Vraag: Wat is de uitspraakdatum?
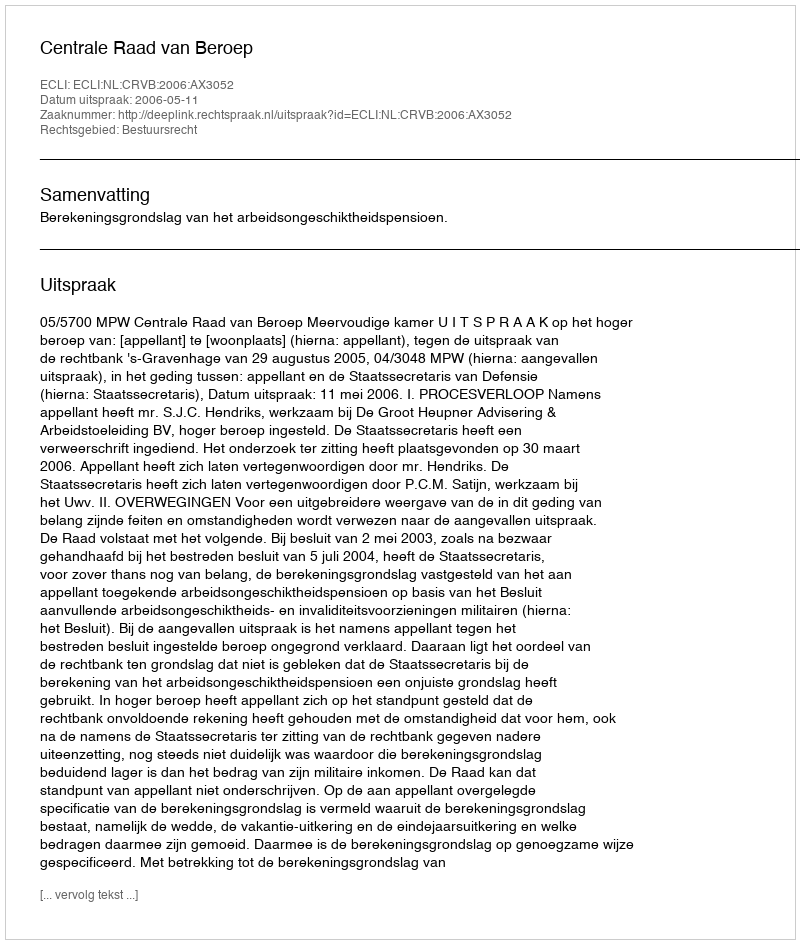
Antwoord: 2006-05-11